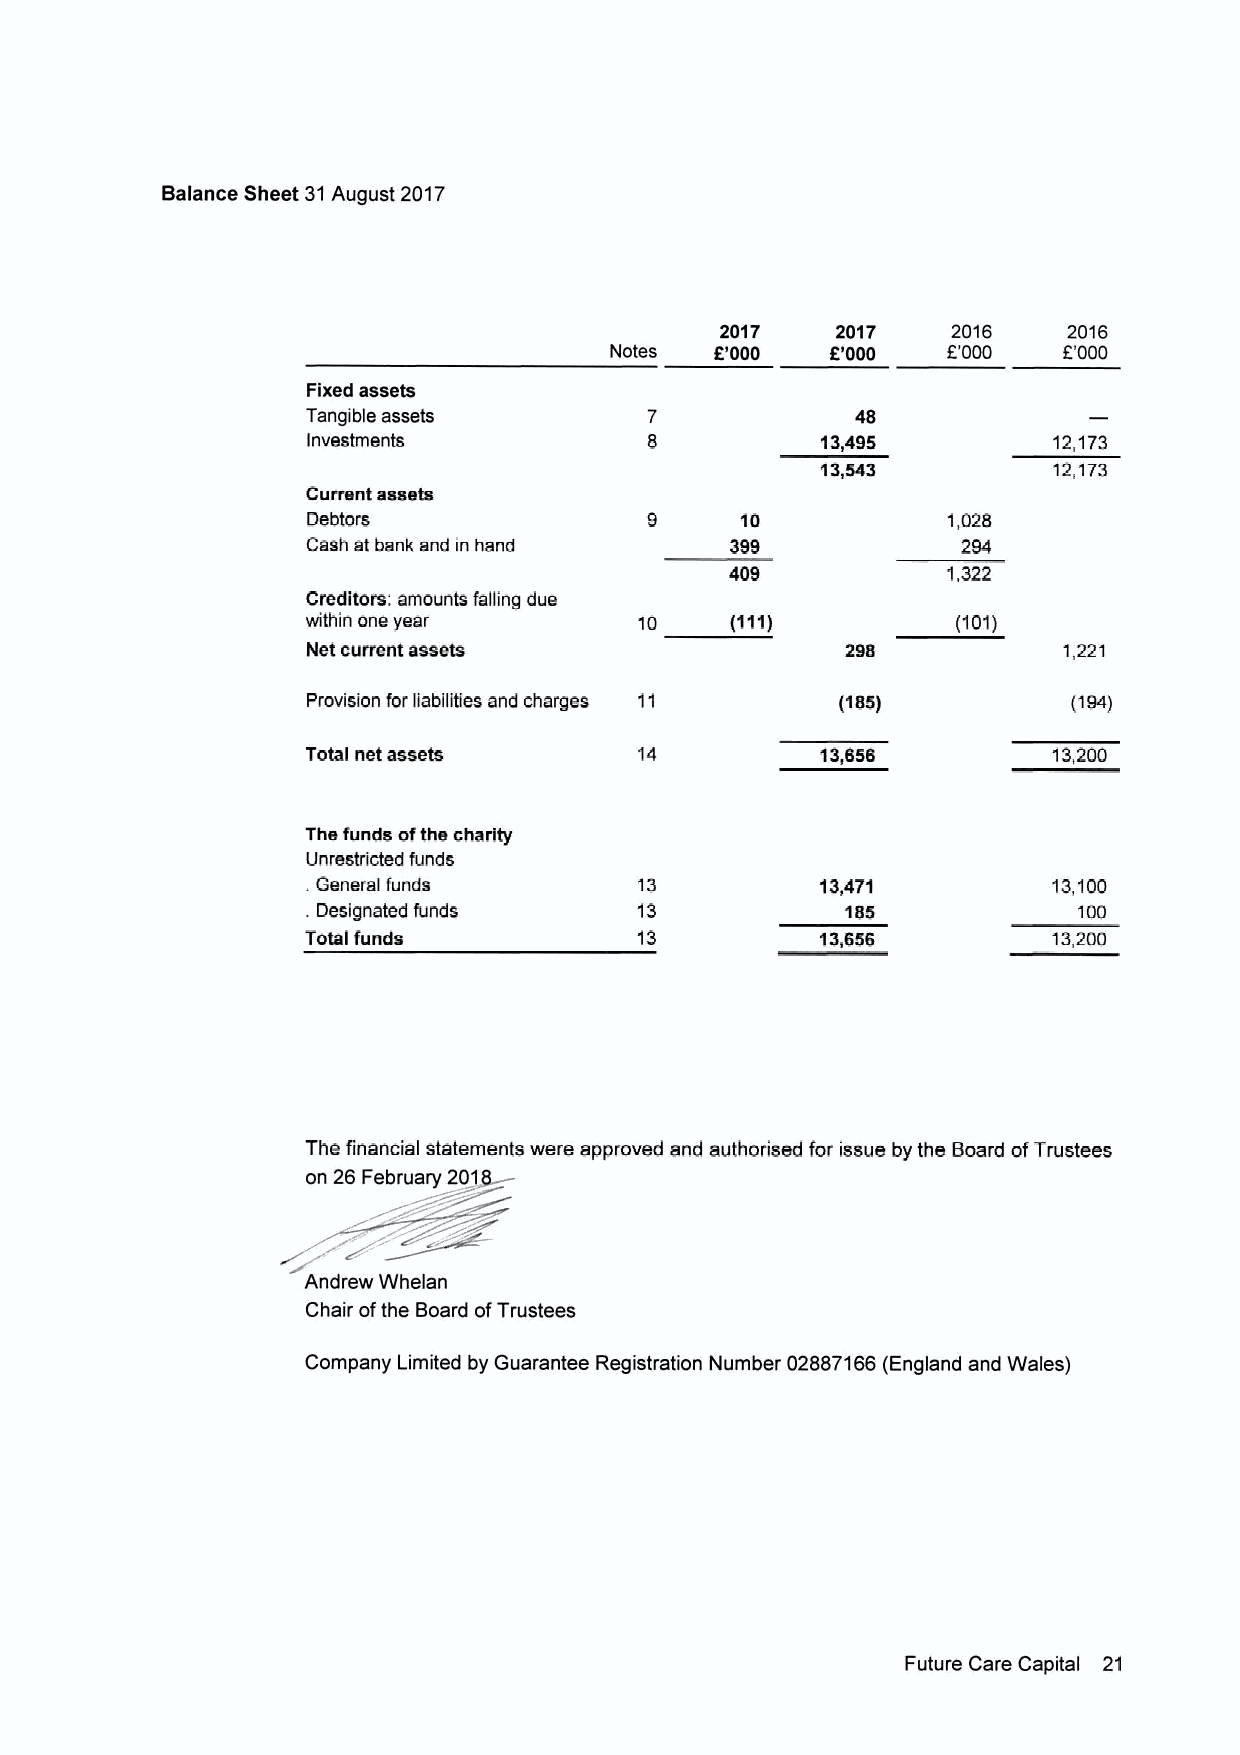
Balance Sheet 31August 2017
 2017   2017    2016    2016
 Notes  5'000   8'000   5'000  f.'000
 Fixed assets
 Tangible assets                      48
 Investments                       13,495          12,173
 13,543          12,173
 Current assets
 Oebtora                9     10            1,026
 Cash at bank snd in hand    399             294
 409            1,322
 Creditors: amounts falling dus
 within one year       10    (111)          (101)
 Net cunent assets                                 1,221
 Provision forliabilities and charges 11 (185)      (194)
 Total net assets      14          13,656          13,200
 The funds ofthe charity
 Unrestricted funds
 .General funds        13          13,471          13,100
 .Designated funds     13            185            100
 Totslfunds            13          13,856          13,200
 The financial statements were approved and authorised for issue by the Board ofTrustees
 on 26 February 20
 Andrew Whelan
 Chair ofthe Board ofTrustees
 Company Limited by Guarantee Registration Number 02887166(England end Wales)
 Future Care Capital 21